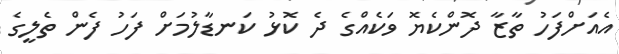
އެއަށްފަހު ތާޒާ ދޮންކެޔޮ ވަކެއްގެ ދެ ކޮޅު ކަނޑާލުމަށް ފަހު ފެން ތެލީގެ